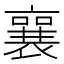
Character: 襄